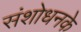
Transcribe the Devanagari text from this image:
संशोधनके